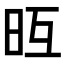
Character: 𣅥